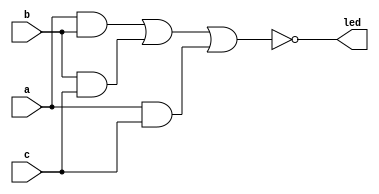
  module VOTE3
    (
      input wire a,           //3abc
      input wire b,
      input wire c,
      output wire led         //led
    );
     assign 	led = ~((a&b)|(b&c)|(a&c));   //
  endmodule